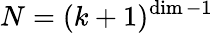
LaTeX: N=(k+1)^{\dim-1}